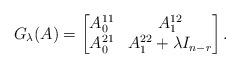
LaTeX: \begin{align*} G_{\lambda}(A)= \begin{bmatrix} A_0^{11} & A_1^{12} \\ A_0^{21} & A_1^{22} + \lambda I_{n-r}\end{bmatrix} .\end{align*}